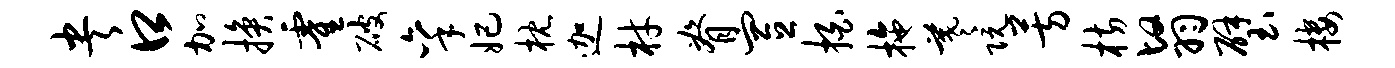
央口加换霍破秉妃枕迦材脊置拍拖羲阮芳枋翳璧楼